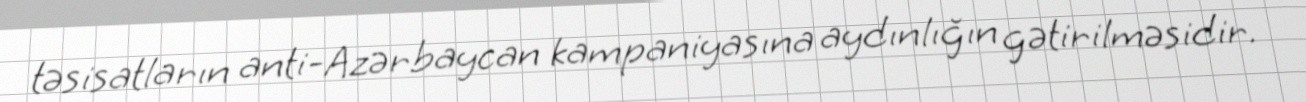
təsisatların anti-Azərbaycan kampaniyasına aydınlığın gətirilməsidir.